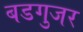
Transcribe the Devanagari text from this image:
बडगुजर